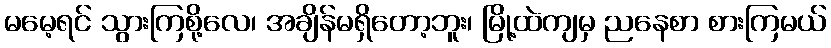
မမေ့ရင် သွားကြစို့လေ၊ အချိန်မရှိတော့ဘူး၊ မြို့ထဲကျမှ ညနေစာ စားကြမယ်